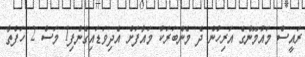
ރައީސް މައުމޫންގެ އަރިހުން ދެ މެންބަރަކު މައާފަށް އެދިވަޑައިގެންފި1 މަސް 2 ހަފްތާ